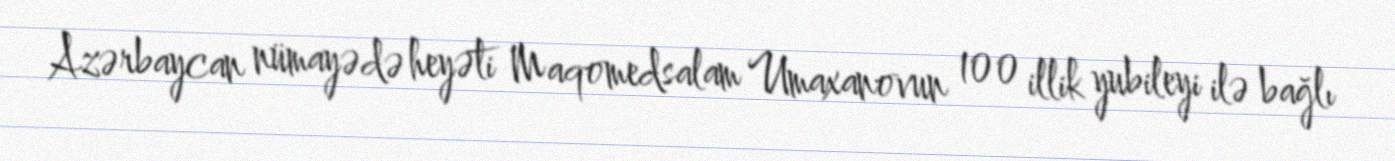
Azərbaycan nümayədə heyəti Maqomedsalam Umaxanovun 100 illik yubileyi ilə bağlı